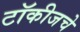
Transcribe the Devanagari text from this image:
टॉकीजचे